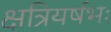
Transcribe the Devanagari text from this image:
क्षत्रियर्षभः